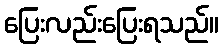
ပြေးလည်းပြေးရသည်။